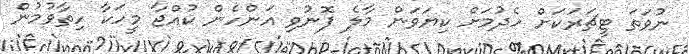
ނުވަތަ ޓީޗަރަކަށް ހެދުމަށް ކިޔަވަން މާލެ ފޮނުވި އަންހެން ކުއްޖާ މީހަކާ ހިތާވުމުން